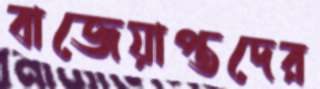
বাজেয়াপ্তদের